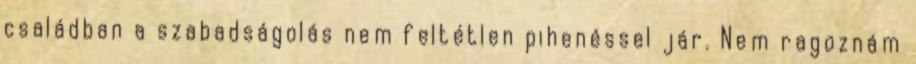
családban a szabadságolás nem feltétlen pihenéssel jár. Nem ragoznám